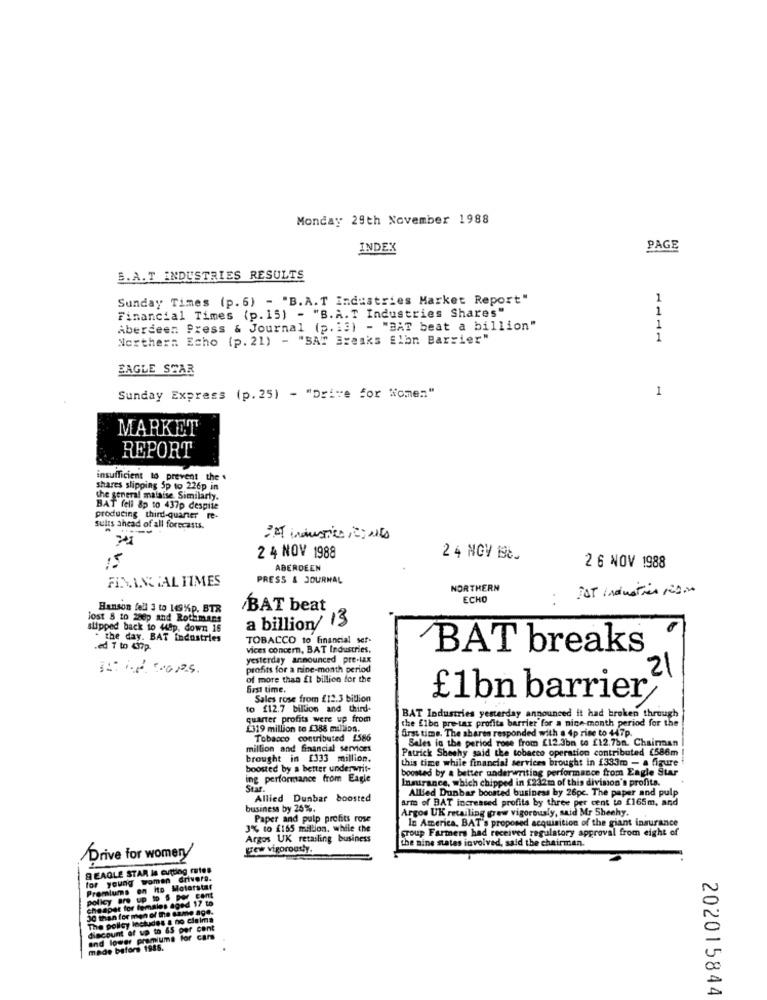
Monday 29th November 1988
INDEX
PAGE
B.A.T INDUSTRIES RESULTS
Sunday Times (p. 6) - "B.A.T Industries Market Report"
1
Financial Times (p. 15) - "B.A.T Industries Shares"
1
Aberdeen Press & Journal (p. 13) - "BAT beat a billion"
Northern Echo (p. 21) - "SAT Breaks Elbn Barrier"
1
EAGLE STAR
1
Sunday Express (p. 25) - "Drive for Women"
MARKET
REPORT
insufficient to prevent the .
shares slipping Sp to 226p in
the general malaise. Similarly.
BAT fell 8p to 437p despite
producing third-quarter re-
sults ahead of all forecasts.
15
2 4 NOV 1988
2 4 NOV 19t.
ABERDEEN
2 6 NOV 1988
FINANCIAL TIMES
PRESS & JOURNAL
NORTHERN
FAT Induction patin
ECH
Hanson fell 3 to 149%%p. BTR
BAT beat
lost 8 to 280p and Rothmans
a billion/13
slipped back to tap, down 16
. the day. BAT industries
TOBACCO to financial ser-
.ed 7 to 437p.
vices concern, BAT Industries,
BAT breaks
yesterday announced pre-tax
profits for a nine-month period
of more than £1 billion for the
61st time.
Sales rose from £12.3 billion
£1bn barrier,
to £12.7 billion and third-
quarter profits were up from
the Elbo pre-tax profits barrier for a nice-month period for the
BAT Industries yesterday announced it had broken through
£319 million to £388 million.
Tobacco contributed £586
first time. The shares responded with a 4p rise to 447p.
Sales in the period rose from £12.3bn to £12.7bm. Chairman
million and financial services
Patrick Sheehy said the tobacco operation contributed £586m
brought in [333 million.
this time while financial services brought in 1333m - a figure
boosted by a better underwrit-
boosted by a better underwriting performance from Eagle Star
ing performance from Eagle
Insurance, which chipped in [232m of this division's profita.
Star.
Allied Dunbar boosted business by 26pc. The paper and pulp
Allied Dunbar boosted
arm of BAT increased profits by three per cent to £165m, and
business by 25%.
Argos UK retailing grew vigorously, said Mr Sheehy.
Paper and pulp profits rose
In America. BAT's proposed acquisition of the giant insurance
3% to £165 million. while the
Group Farmers had received regulatory approval from eight of
Argos UK retailing business
the nine states involved, said the chairman.
Krew vigorously.
Drive for women/
S EAGLE STAR Is cutting rates
for young women drivers.
Premiums on Ito Motorstar
policy are up to 5 per cent
cheapet for females aged 17 to
30 than for men of the same age.
The poilcy Includes a no claima
discount of up to 65 per cent
and lower premiums for cars
made before 1985.
202015844